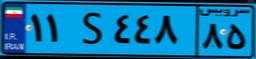
۹۲S۱۸۷۷۹